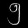
Digit: ၅